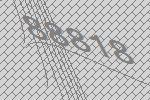
88818